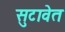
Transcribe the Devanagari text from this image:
सुटावेत